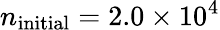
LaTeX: n_{\mathrm{initial}}=2.0\times 10^{4}